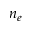
n _ { e }